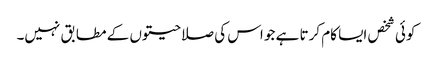
کوئی شخص ایسا کام کرتا ہے جو اس کی صلاحیتوں کے مطابق نہیں۔